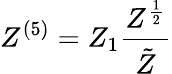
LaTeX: Z^{(5)}=Z_{1}\frac{Z^{\frac{1}{2}}}{\tilde{Z}}